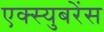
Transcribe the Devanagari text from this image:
एक्स्युबरेंस